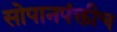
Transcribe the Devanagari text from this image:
सोपानपंक्तीच